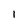
Character: 1